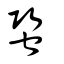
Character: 蛩